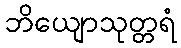
ဘိယျောသုတ္တရံ